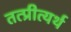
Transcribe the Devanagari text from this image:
तत्प्रीत्यर्थ